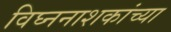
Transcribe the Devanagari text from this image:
विघ्ननाशकांच्या